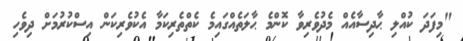
"މިފަދަ ކުއްލި ޙާދިސާއެއް މެދުވެރިވާ ކޮންމެ ޙާލަތެއްގައިމެ ކެތްތެރިކަމާ އެކުވެރިކަން އިސްކުރުމަށް ދިވެހި